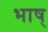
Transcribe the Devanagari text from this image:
भाष्